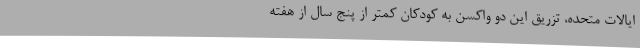
ایالات متحده، تزریق این دو واکسن به کودکان کمتر از پنج سال از هفته